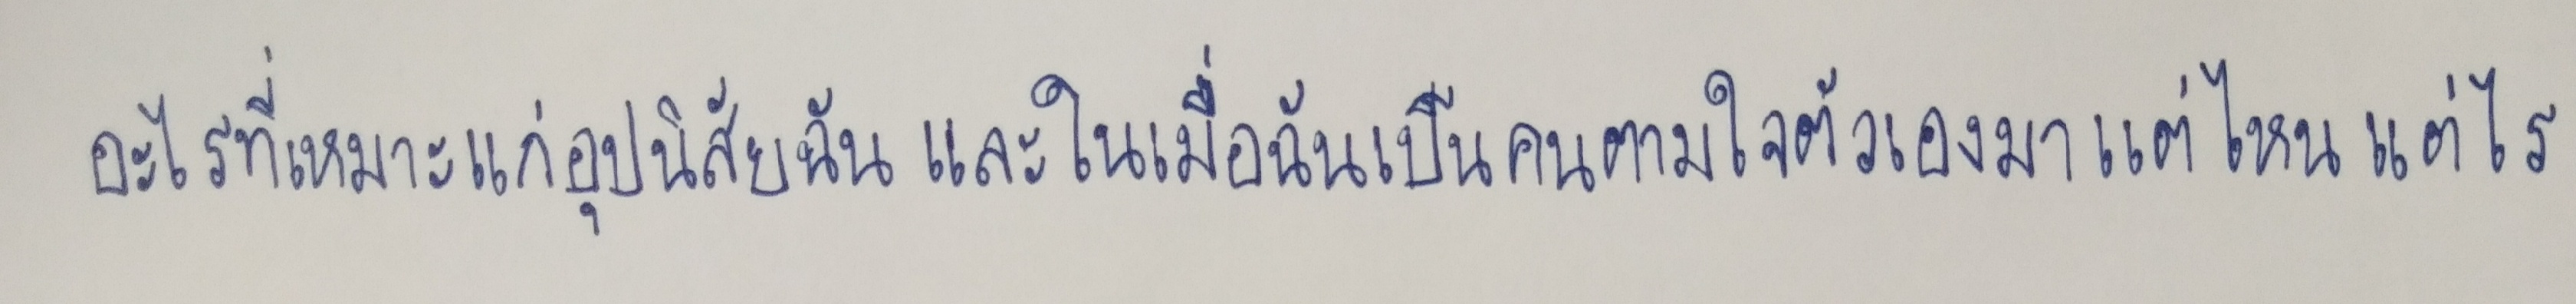
อะไรที่เหมาะแก่อุปนิสัยฉันและในเมื่อฉันเป็นคนตามใจตัวเองมาแต่ไหนแต่ไร